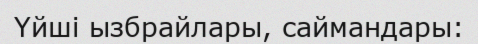
Үйші ызбрайлары, саймандары: